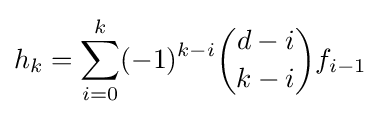
h_{k}=\sum _{i=0}^{k}(-1)^{k-i}{\binom {d-i}{k-i}}f_{i-1}